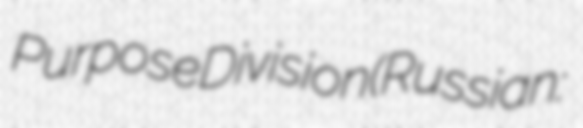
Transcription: Purpose Division (Russian: